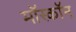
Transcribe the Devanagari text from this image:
मॉस्कॉन